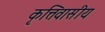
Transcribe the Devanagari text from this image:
कृत्तिवासीय